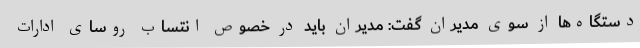
دستگاه‌ها از سوی مدیران گفت: مدیران باید در خصوص انتساب روسای ادارات